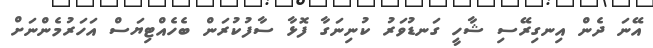
އޭނަ ދެން އިނގިރޭސި ޝާހީ ގަނޑުވަރު ކުނިނަގާ ފޮޅާ ސާފުކުރަން ބެހެއްޓިޔަސް އަހަރުމެންނަށް